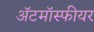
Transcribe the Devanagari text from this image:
ॲटमॉस्फीयर